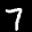
Label: 7